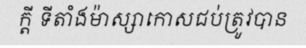
ក្តី ទីតាំងម៉ាស្សាកោសជប់ត្រូវបាន